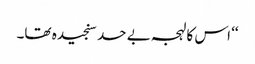
‘‘ اس کا لہجہ بے حد سنجیدہ تھا۔